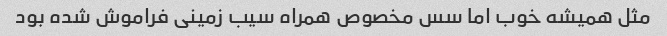
مثل همیشه خوب اما سس مخصوص همراه سیب زمینی فراموش شده بود